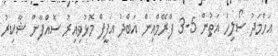
އަހްމަދު ސޯލިހު އަތުން 5-3 ފްރޭމްއިން އަބްދު އަފީފް މޮޅުވިއިރު ސޮއްފާން ޝާކިރު